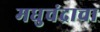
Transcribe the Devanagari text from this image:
मधुचंद्राचा